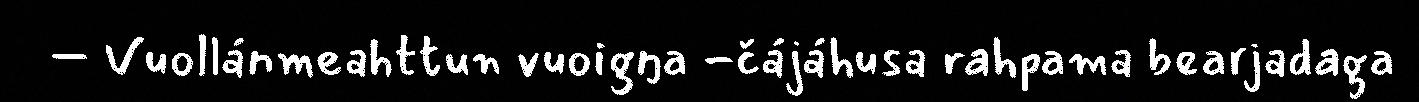
– Vuollánmeahttun vuoigŋa -čájáhusa rahpama bearjadaga